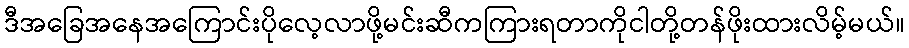
ဒီအခြေအနေအကြောင်းပိုလေ့လာဖို့မင်းဆီကကြားရတာကိုငါတို့တန်ဖိုးထားလိမ့်မယ်။